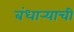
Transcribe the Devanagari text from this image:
बंधार्‍याची